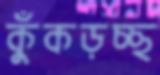
কুঁকড়চ্ছ